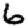
Digit: 6